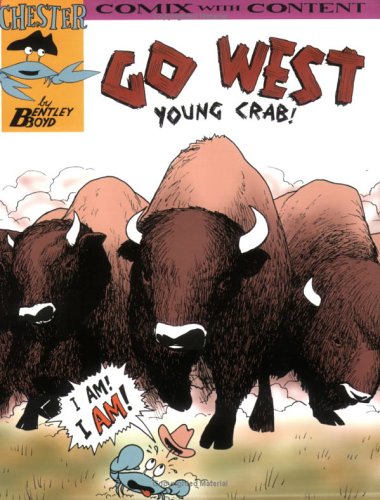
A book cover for Go West Young Crab! (Chester the Crab's Comics with Content Series); Bentley Boyd; Children's Books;